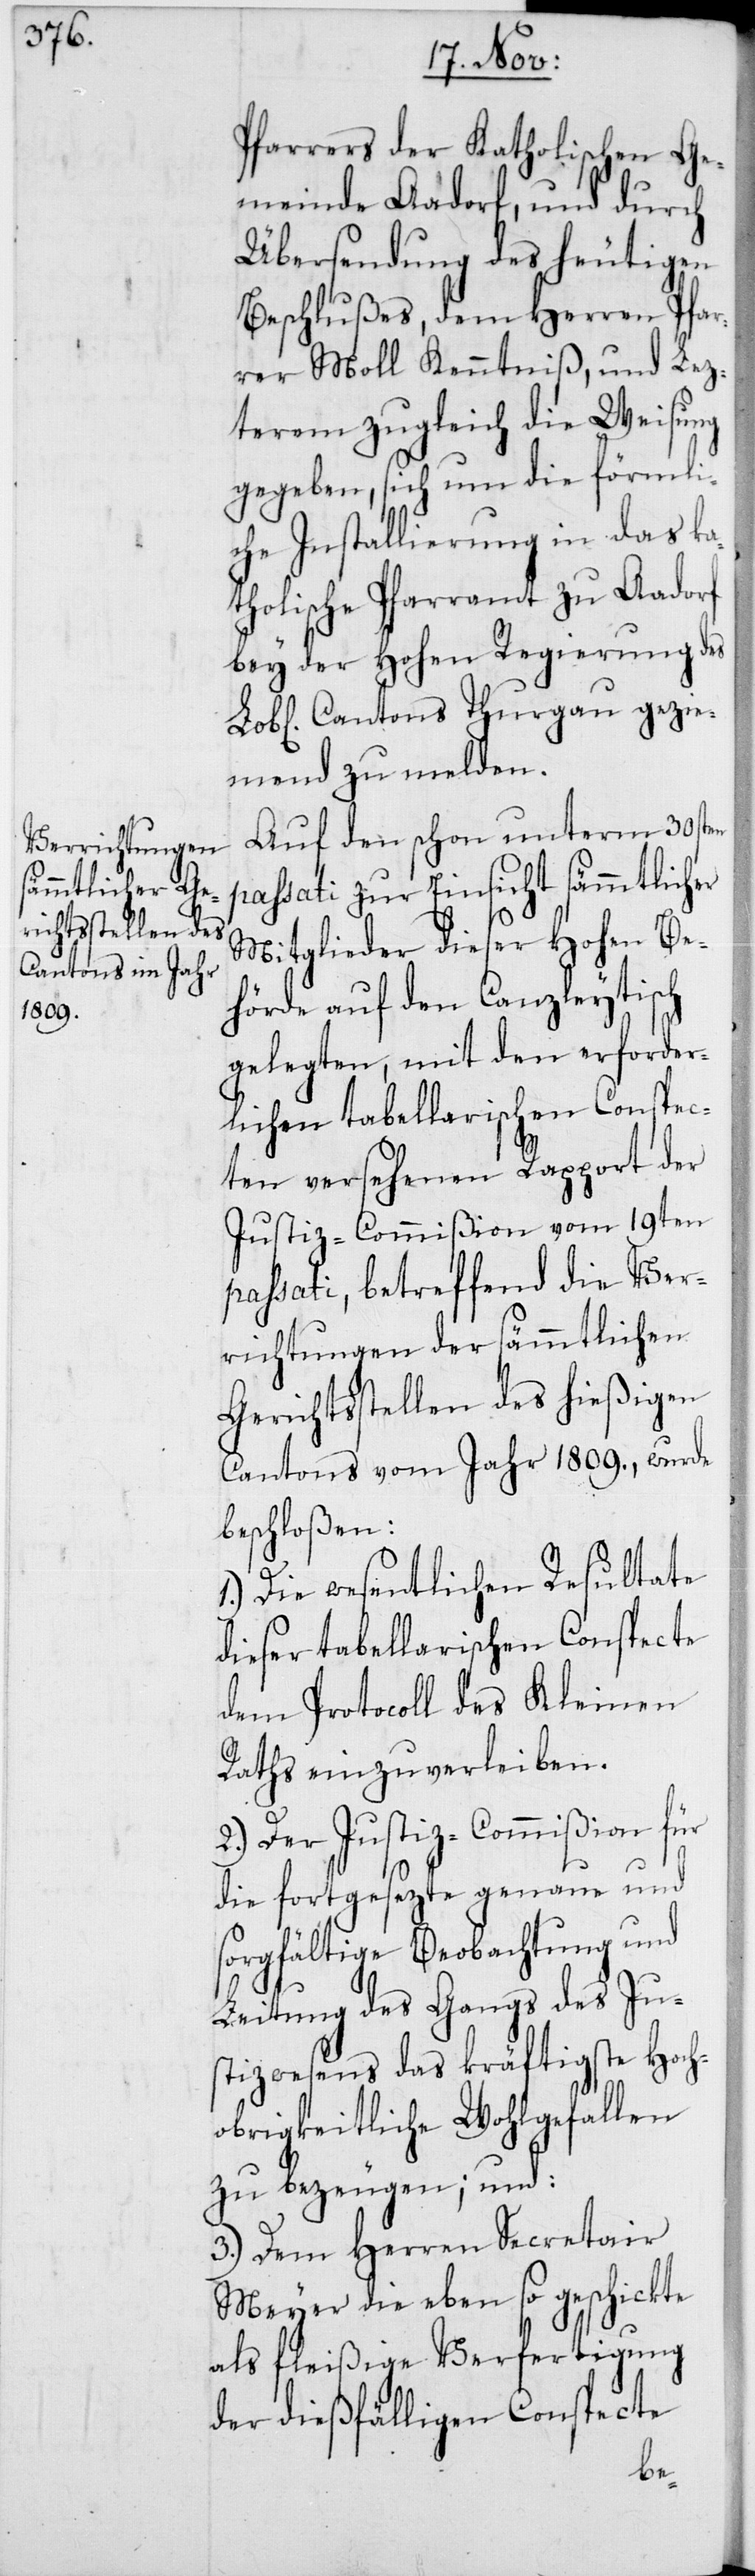
Pfarrers der Katholischen Ge¬
meinde Aadorf, und durch
Übersendung des heutigen
Beschlußes, dem Herren Pfar¬
rer Moll Kenntniß, und Lez¬
terem zugleich die Weisung
gegeben, sich um die förmli¬
che Installierung in das ka¬
tholische Pfarramt zu Aadorf
bey der Hohen Regierung des
Cantons Thurgau gezie¬
mend zu melden.
Auf den schon unterm 30sten
passati zur Einsicht sämmtlicher
Mitglieder dieser Hohen Be¬
hörde auf den Canzleytisch
gelegten, mit den erforder¬
lichen tabellarischen Conspec¬
ten versehenen Rapport der
Justiz-Commißion vom 19ten
passati, betreffend die Ver¬
richtungen der sämmtlichen
Gerichtsstellen des hießigen
Cantons vom Jahr 1809., wurde
beschloßen:
1. Die wesentlichen Resultate
dieser tabellarischen Conspecte
dem Protocoll des Kleinen
Raths einzuverleiben.
2. Der Justiz-Commißion für
die fortgesezte genaue und
sorgfältige Beobachtung und
Leitung des Gangs des Jus¬
tizwesens das kräftigste Hoch¬
obrigkeitliche Wohlgefallen
zu bezeugen; und:
3. Dem Herren Secretair
Meyer die eben so geschickte
als fleißige Verfertigung
der dießfälligen Conspecte